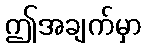
ဤအချက်မှာ